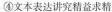
④文本表达讲究精益求精